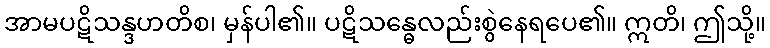
အာမပဋိသန္ဒဟတိစ၊ မှန်ပါ၏။ ပဋိသန္ဓေလည်းစွဲနေရပေ၏။ ဣတိ၊ ဤသို့။